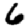
Digit: 6